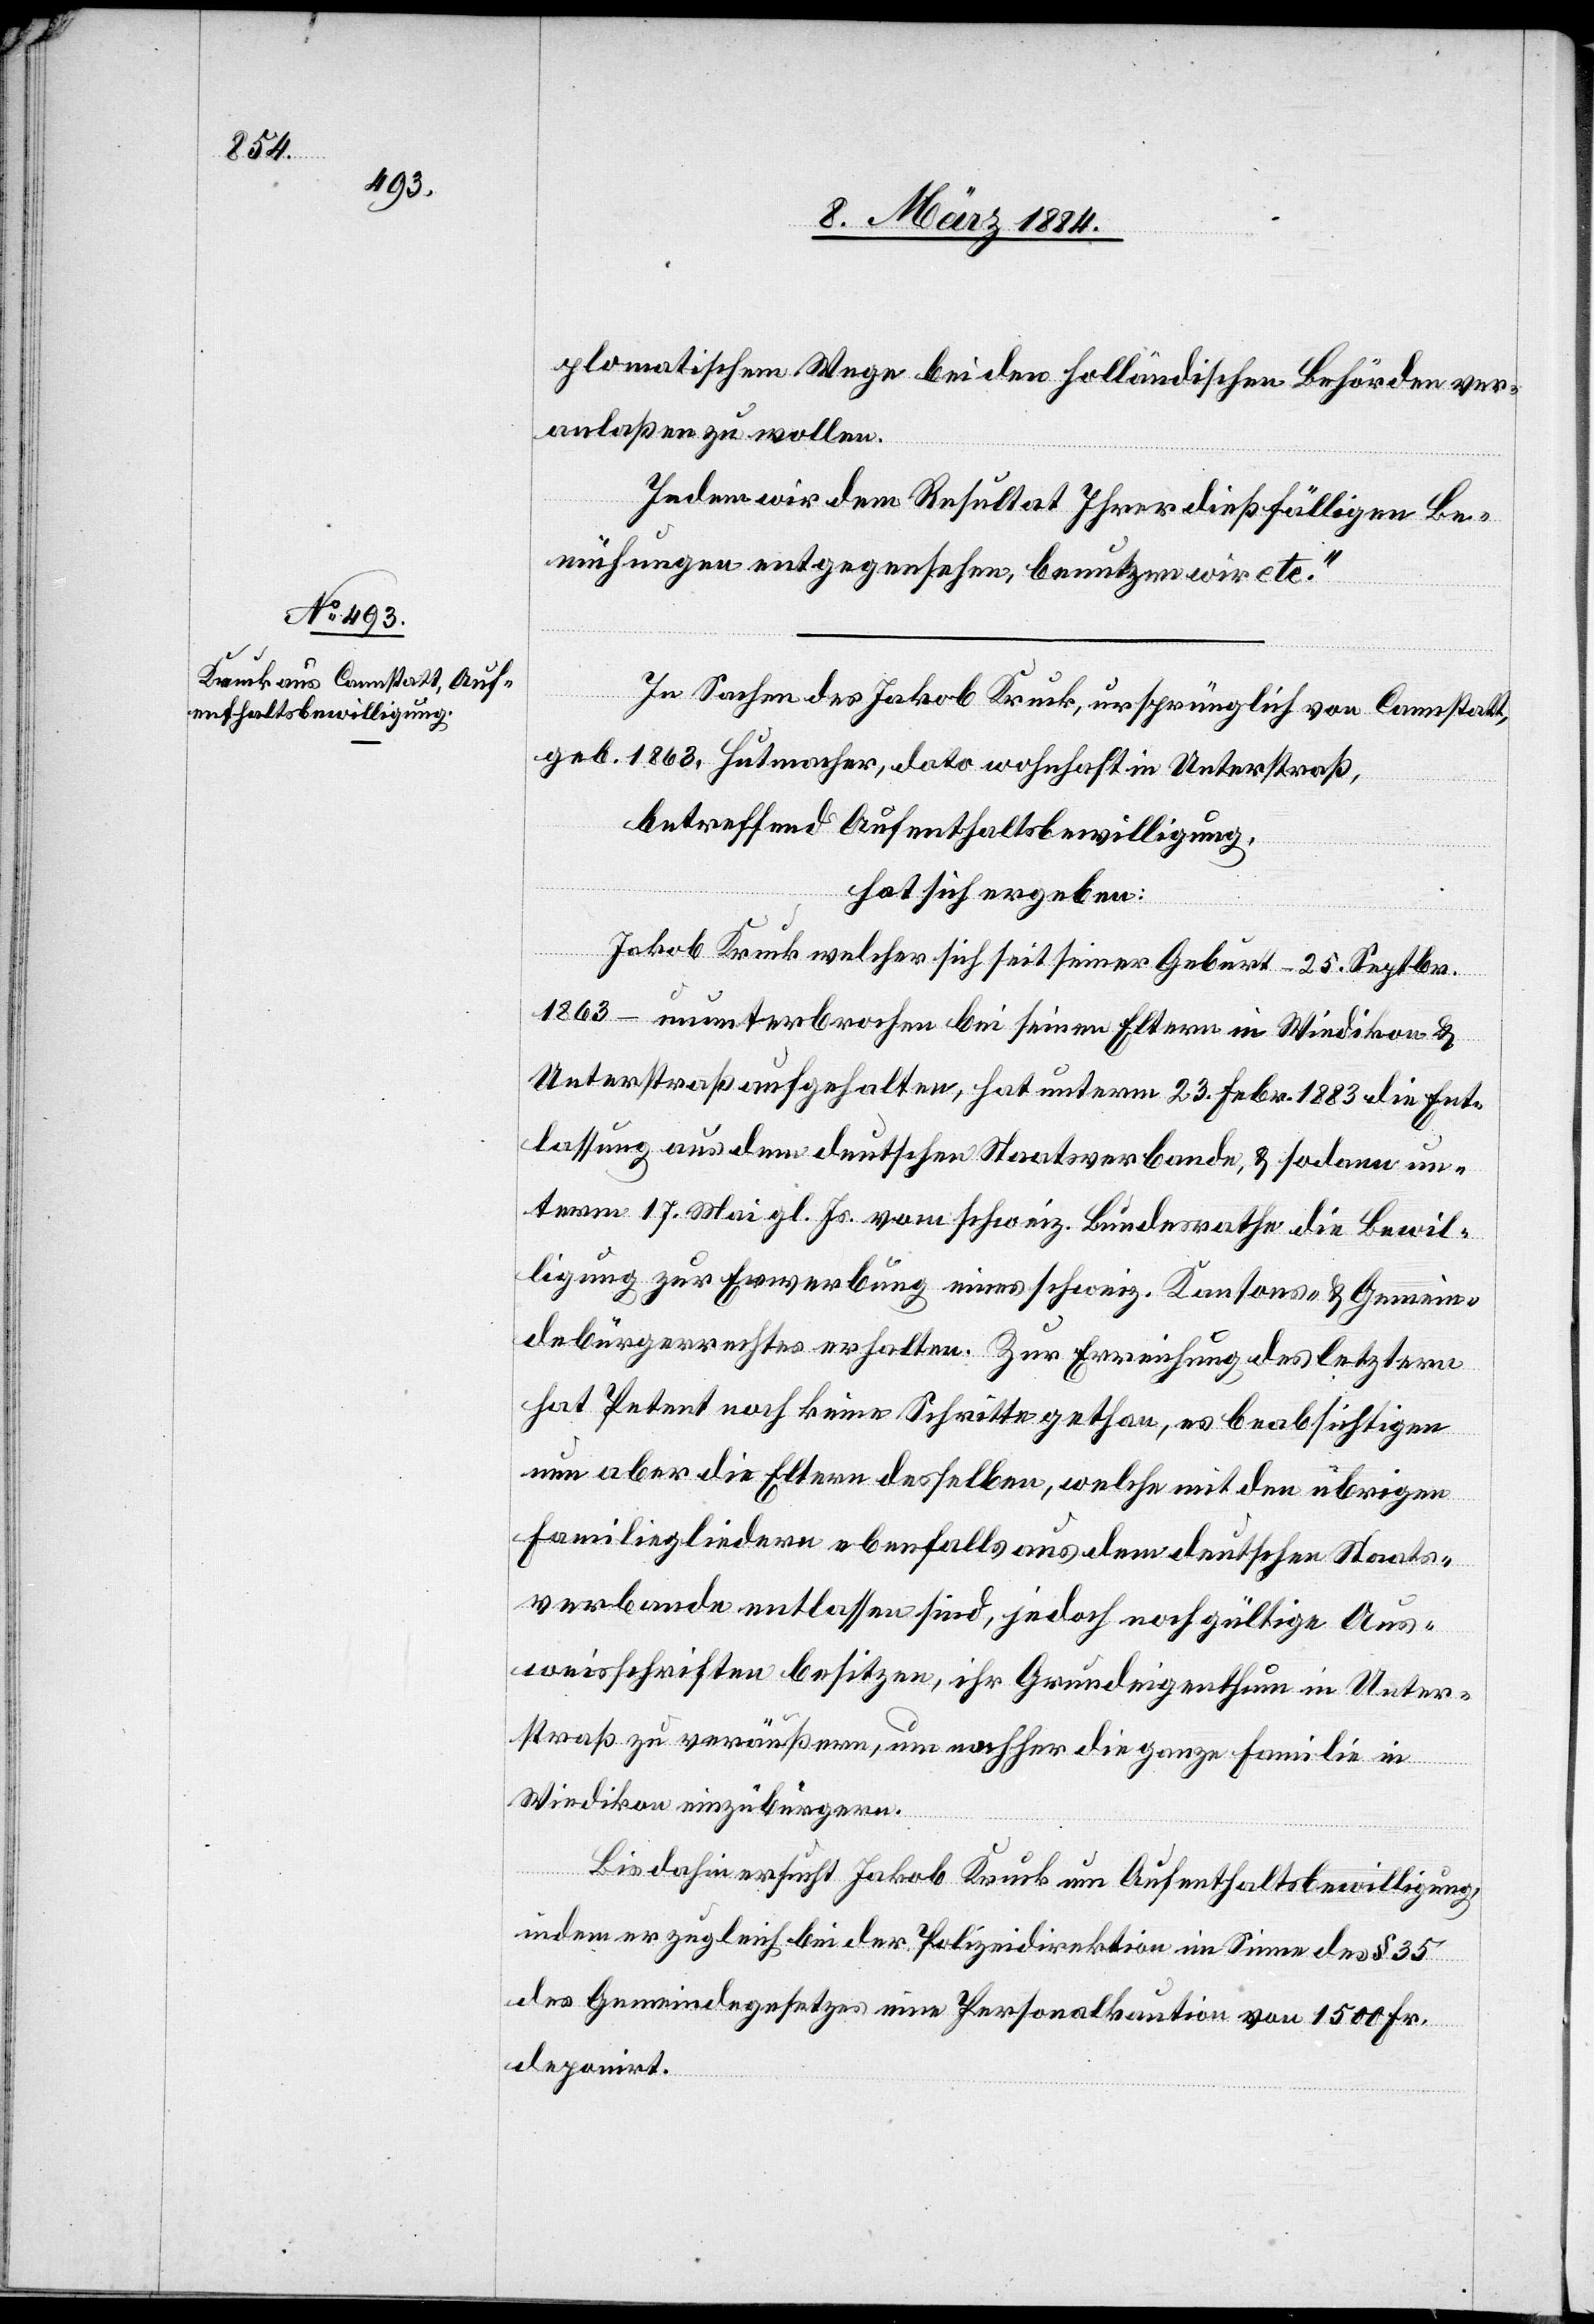
plomatischem Wege bei den holländischen Behörden ver¬
anlaßen zu wollen.
Indem wir dem Resultat Ihrer dießfälligen Be¬
mühungen entgegensehen, benutzen wir etc.“
In Sachen des Jakob Kruck, ursprünglich von Cannstatt,
geb. 1863, Hutmacher, dato wohnhaft in Unterstraß,
betreffend Aufenthaltsbewilligung,
hat sich ergeben:
Jakob Kruck welcher sich seit seiner Geburt – 25. Septbr.
1863 – ununterbrochen bei seinen Eltern in Wiedikon &
Unterstraß aufgehalten, hat unterm 23. Febr. 1883 die Ent¬
lassung aus dem deutschen Staatsverbande, & sodann un¬
term 17. Mai gl. Js. vom schweiz. Bundesrathe die Bewil¬
ligung zur Erwerbung eines schweiz. Kantons- & Gemein¬
debürgerrechtes erhalten. Zur Erreichung des letztern
hat Petent noch keine Schritte gethan, es beabsichtigen
nun aber die Eltern desselben, welche mit den übrigen
Familiengliedern ebenfalls aus dem deutschen Staats¬
verbande entlassen sind, jedoch noch gültige Aus¬
weisschriften besitzen, ihr Grundeigenthum in Unter¬
straß zu veräußern, um nachher die ganze Familie in
Wiedikon einzubürgern.
Bis dahin ersucht Jakob Kruck um Aufenthaltsbewilligung,
indem er zugleich bei der Polizeidirektion im Sinne des § 35
des Gemeindegesetzes eine Personalkaution von 1500 Fr.
deponirt.